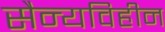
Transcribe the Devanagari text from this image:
सैन्यविहीन